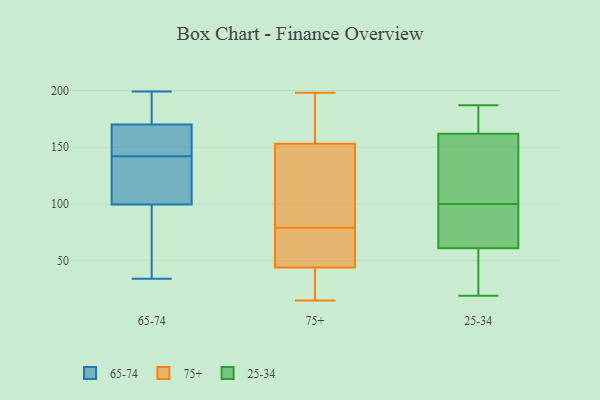
{"axis": {"x": "Budget (USD K)", "y": "Value"}, "legend": ["25-34", "65-74", "75+"], "data": [{"x": "", "y": 199, "type": "65-74"}, {"x": "", "y": 186, "type": "65-74"}, {"x": "", "y": 96, "type": "65-74"}, {"x": "", "y": 176, "type": "65-74"}, {"x": "", "y": 39, "type": "65-74"}, {"x": "", "y": 152, "type": "65-74"}, {"x": "", "y": 146, "type": "65-74"}, {"x": "", "y": 142, "type": "65-74"}, {"x": "", "y": 110, "type": "65-74"}, {"x": "", "y": 120, "type": "65-74"}, {"x": "", "y": 34, "type": "65-74"}, {"x": "", "y": 15, "type": "75+"}, {"x": "", "y": 160, "type": "75+"}, {"x": "", "y": 93, "type": "75+"}, {"x": "", "y": 187, "type": "75+"}, {"x": "", "y": 61, "type": "75+"}, {"x": "", "y": 140, "type": "75+"}, {"x": "", "y": 180, "type": "75+"}, {"x": "", "y": 37, "type": "75+"}, {"x": "", "y": 153, "type": "75+"}, {"x": "", "y": 83, "type": "75+"}, {"x": "", "y": 18, "type": "75+"}, {"x": "", "y": 119, "type": "75+"}, {"x": "", "y": 74, "type": "75+"}, {"x": "", "y": 75, "type": "75+"}, {"x": "", "y": 29, "type": "75+"}, {"x": "", "y": 44, "type": "75+"}, {"x": "", "y": 198, "type": "75+"}, {"x": "", "y": 72, "type": "75+"}, {"x": "", "y": 22, "type": "25-34"}, {"x": "", "y": 115, "type": "25-34"}, {"x": "", "y": 187, "type": "25-34"}, {"x": "", "y": 25, "type": "25-34"}, {"x": "", "y": 146, "type": "25-34"}, {"x": "", "y": 169, "type": "25-34"}, {"x": "", "y": 19, "type": "25-34"}, {"x": "", "y": 100, "type": "25-34"}, {"x": "", "y": 73, "type": "25-34"}, {"x": "", "y": 122, "type": "25-34"}, {"x": "", "y": 99, "type": "25-34"}, {"x": "", "y": 167, "type": "25-34"}, {"x": "", "y": 100, "type": "25-34"}, {"x": "", "y": 168, "type": "25-34"}, {"x": "", "y": 57, "type": "25-34"}]}